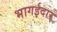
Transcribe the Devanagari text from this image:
भागईदार